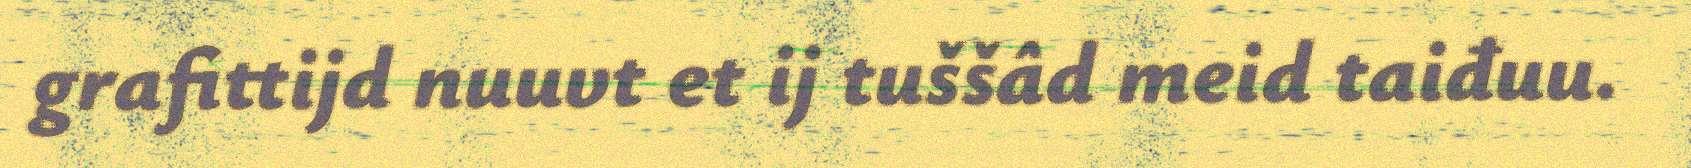
grafittijd nuuvt et ij tuššâd meid taiđuu.